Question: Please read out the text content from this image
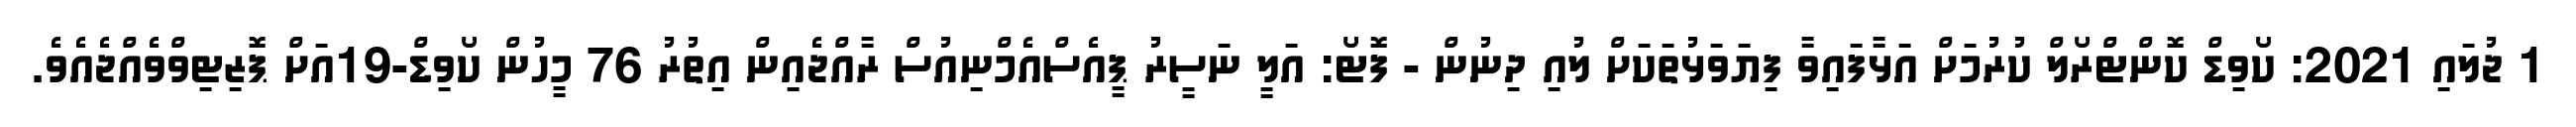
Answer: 1 ޖުލައި 2021: ކޯވިޑް ކޮންޓްރޯލް ކުރުމަށް އަޅާފައިވާ ފިޔަވަޅުތަކަށް ލުއި ދިނުން - ފޮޓޯ: އަލީ ނަސީރު ޕީއެސްއެމްނިއުސް ރާއްޖެއިން އިތުރު 76 މީހުން ކޯވިޑް-19އަށް ޕޮޒިޓިވްވެއްޖެއެވެ.